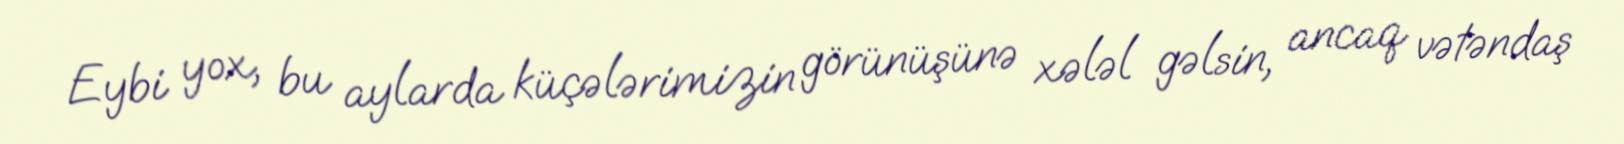
Eybi yox, bu aylarda küçələrimizin görünüşünə xələl gəlsin, ancaq vətəndaş